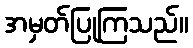
အမှတ်ပြုကြသည်။